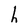
Character: h